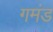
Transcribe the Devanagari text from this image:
गमंड